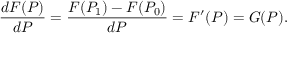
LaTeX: { \frac { d F ( P ) } { d P } } = { \frac { F ( P _ { 1 } ) - F ( P _ { 0 } ) } { d P } } = F ^ { \prime } ( P ) = G ( P ) . \,